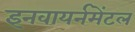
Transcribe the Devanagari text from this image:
इनवायर्नमेंटल